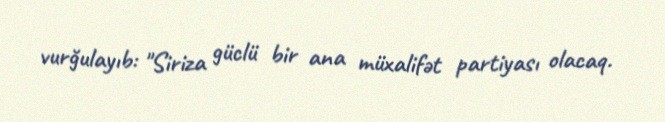
vurğulayıb: "Siriza güclü bir ana müxalifət partiyası olacaq.